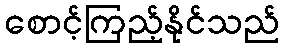
စောင့်ကြည့်နိုင်သည်